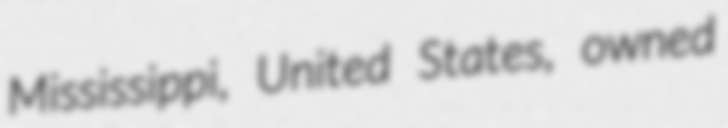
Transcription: Mississippi, United States, owned